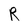
Character: R